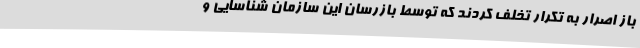
باز اصرار به تکرار تخلف کردند که توسط بازرسان این سازمان شناسایی و